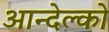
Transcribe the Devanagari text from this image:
आन्देल्को